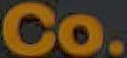
Co.